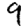
Digit: 9